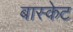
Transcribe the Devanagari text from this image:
बास्‍केट